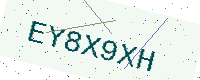
Text: EY8X9XH